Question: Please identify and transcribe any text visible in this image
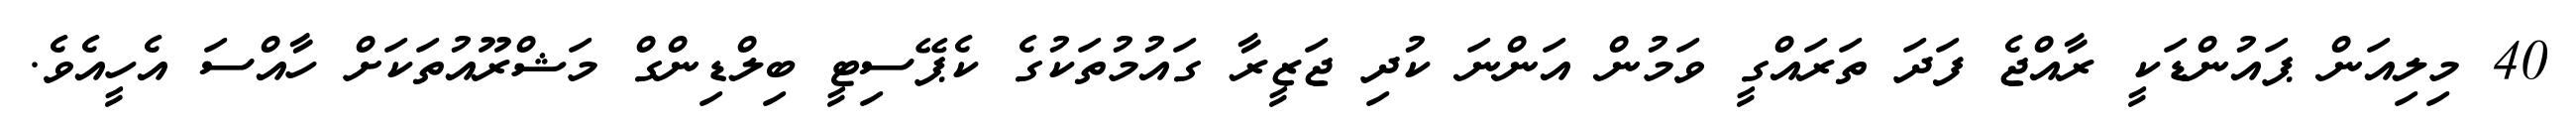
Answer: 40 މިލިއަން ޕައުންޑަކީ ރާއްޖެ ފަދަ ތަރައްގީ ވަމުން އަންނަ ކުދި ޖަޒީރާ ގައުމުތަކުގެ ކެޕޭސިޓީ ބިލްޑިންގް މަޝްރޫއުތަކަށް ހާއްސަ އެހީއެވެ.